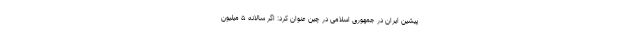
پیشین ایران در جمهوری اسلامی در چین عنوان کرد: اگر سالانه ۵ میلیون